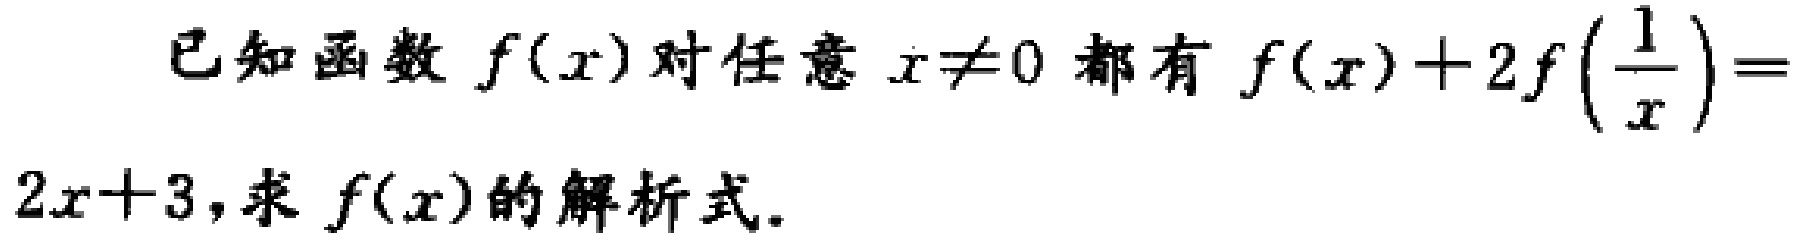
已知函数\(f(x)\)对任意\(x\neq0\)都有\(f(x)+2f\left(\frac{1}{x}\right)=2x + 3\)，求\(f(x)\)的解析式。